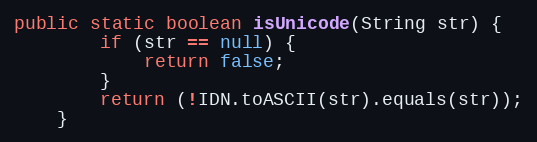
Language: Java
public static boolean isUnicode(String str) {
		if (str == null) {
			return false;
		}
		return (!IDN.toASCII(str).equals(str));
	}